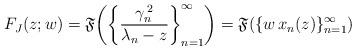
LaTeX: \begin{align*}F_{J}(z;w)=\mathfrak{F}\!\left(\left\{ \frac{\gamma_{n}^{\,2}}{\lambda_{n}-z}\right\} _{n=1}^{\infty}\right)=\mathfrak{F}(\{w\, x_{n}(z)\}_{n=1}^{\infty})\end{align*}